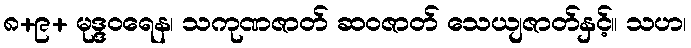
၈+၉+ မုဒ္ဒဝရေန၊ သကုဏဇာတ် ဆဝဇာတ် သေယျဇာတ်နှင့်။ သဟ၊